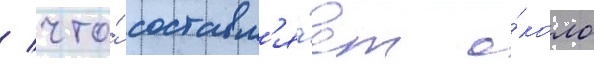
/ что́ составл'я́ет о́коло